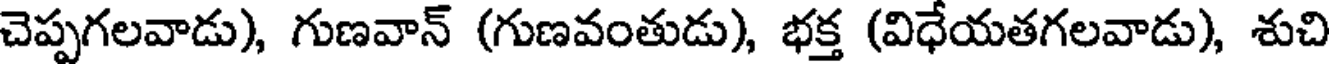
చెప్పగలవాడు), గుణవాన్ (గుణవంతుడు), భక్త (విధేయతగలవాడు), శుచి